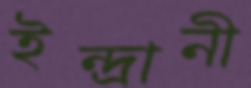
ইন্দ্রানী